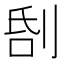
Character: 𠜜